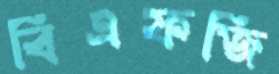
বিএফজি